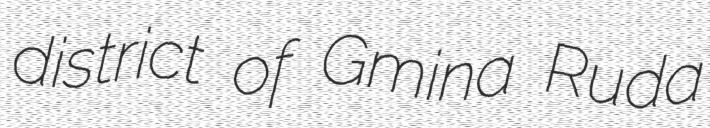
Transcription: district of Gmina Ruda